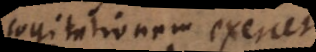
cogitationem exercet